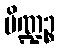
ပိဏ္ဍဉ္စ